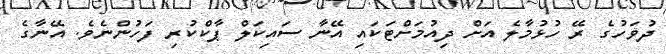
ދުވަހުގެ ރޭ ހުޅުމާލެ އަށް ދިއުމަށްޓަކައި އޭނާ ސައިކަލް ޕާކްކުރި ފަހުންނެވެ. އޭނާގެ